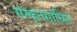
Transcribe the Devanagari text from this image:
संस्कृतसाधित